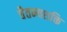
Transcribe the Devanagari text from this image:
चैतन्यशक्ति